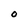
Character: O